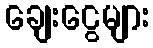
ချေးငွေများ